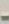
-